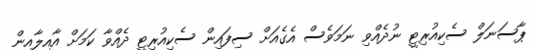
ޕާސަނަލް ސެކިއުރިޓީ ނުދެއްވި ނަމަވެސް އެގެއަށް ސިފައިން ސެކިއުރިޓީ ދެއްވާ ކަމަށް އާއިލާއިން